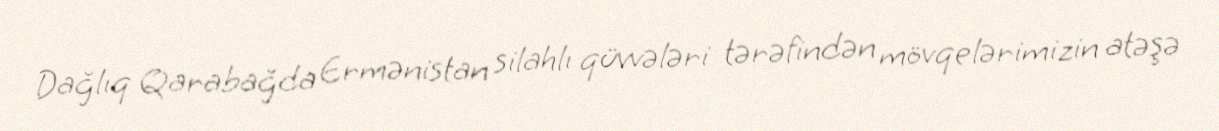
Dağlıq Qarabağda Ermənistan silahlı qüvvələri tərəfindən mövqelərimizin atəşə